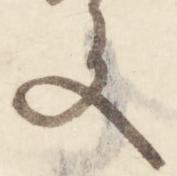
文